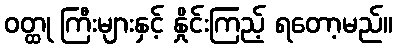
ဝတ္ထု ကြီးများနှင့် နှိုင်းကြည့် ရတော့မည်။